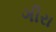
ગીરા